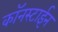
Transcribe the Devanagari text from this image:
कॉनस्टाईन